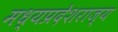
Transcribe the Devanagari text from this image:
मध्यप्रदेशराज्य